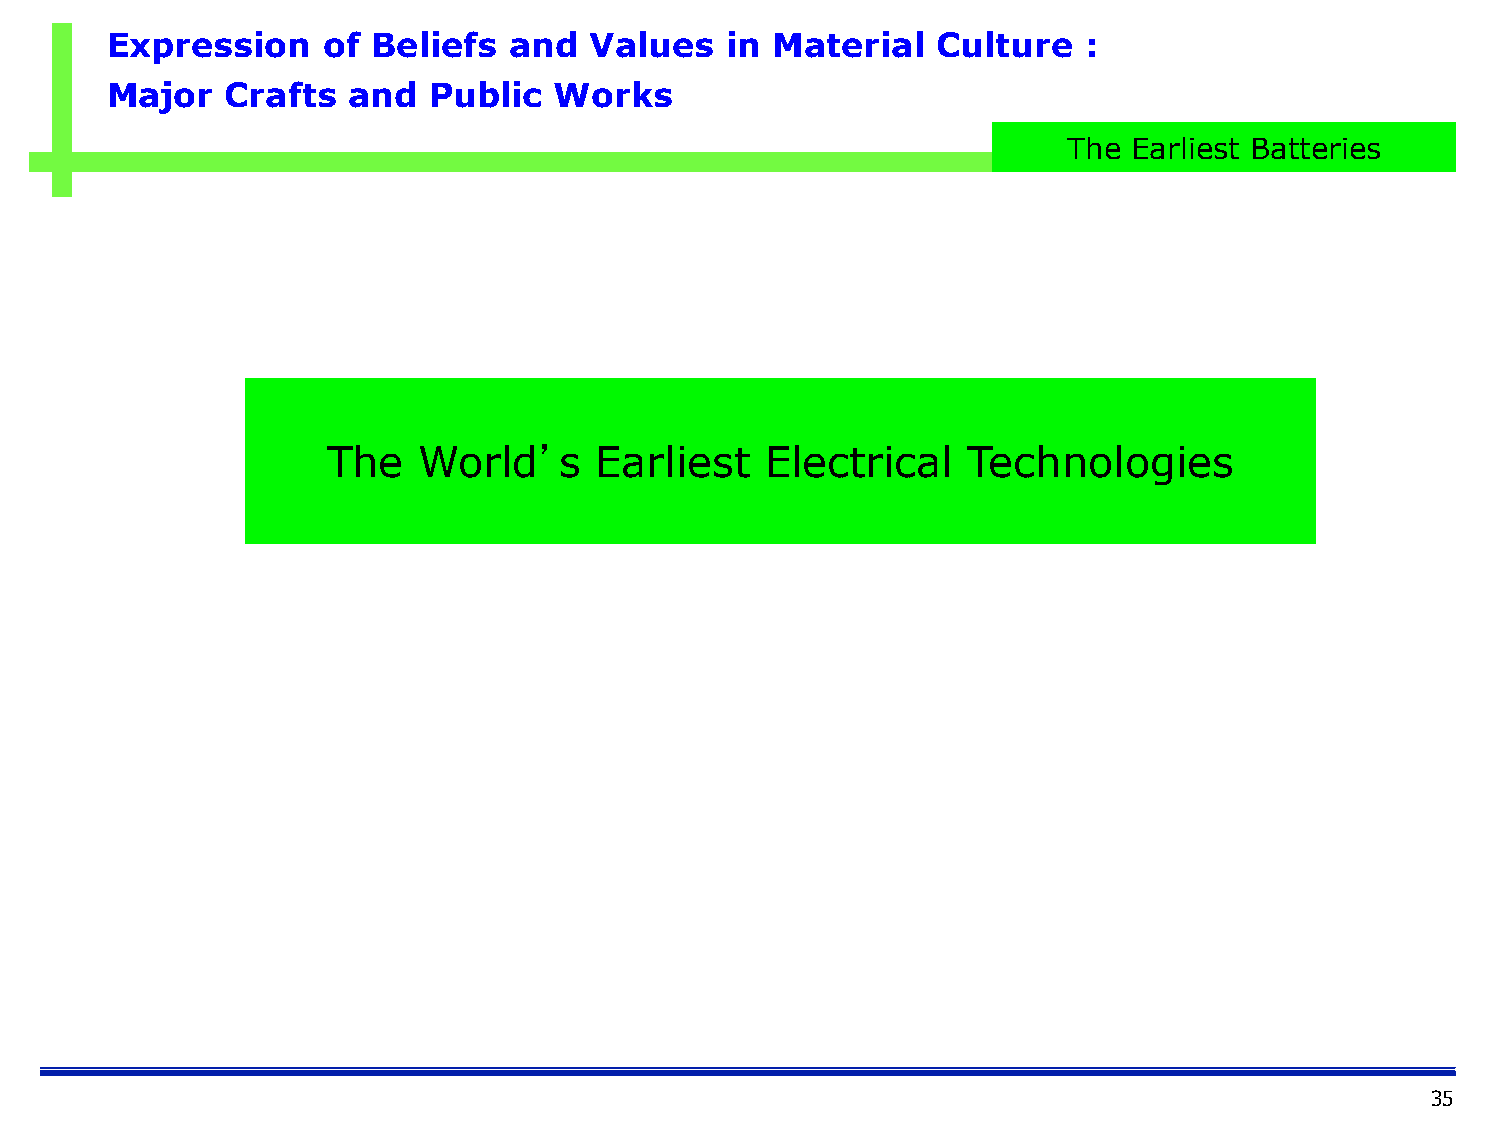
Expression    of  Beliefs  and  Values   in Material   Culture   :
 Major   Crafts  and  Public   Works
 The Earliest Batteries
 The   World’s    Earliest    Electrical   Technologies
 35